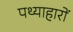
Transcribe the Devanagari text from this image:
पथ्याहारों